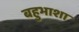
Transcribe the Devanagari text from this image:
बहुभाशा